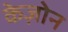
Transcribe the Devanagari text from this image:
केज़ोन